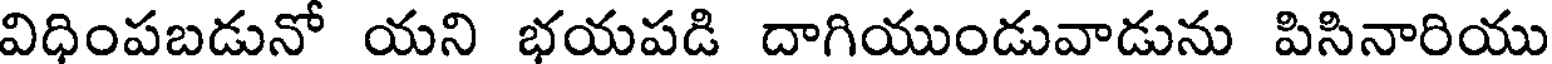
విధింపబడునో యని భయపడి దాగియుండువాడును పిసినారియు